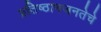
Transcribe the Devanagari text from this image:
प्रतिष्ठानजनतेचे